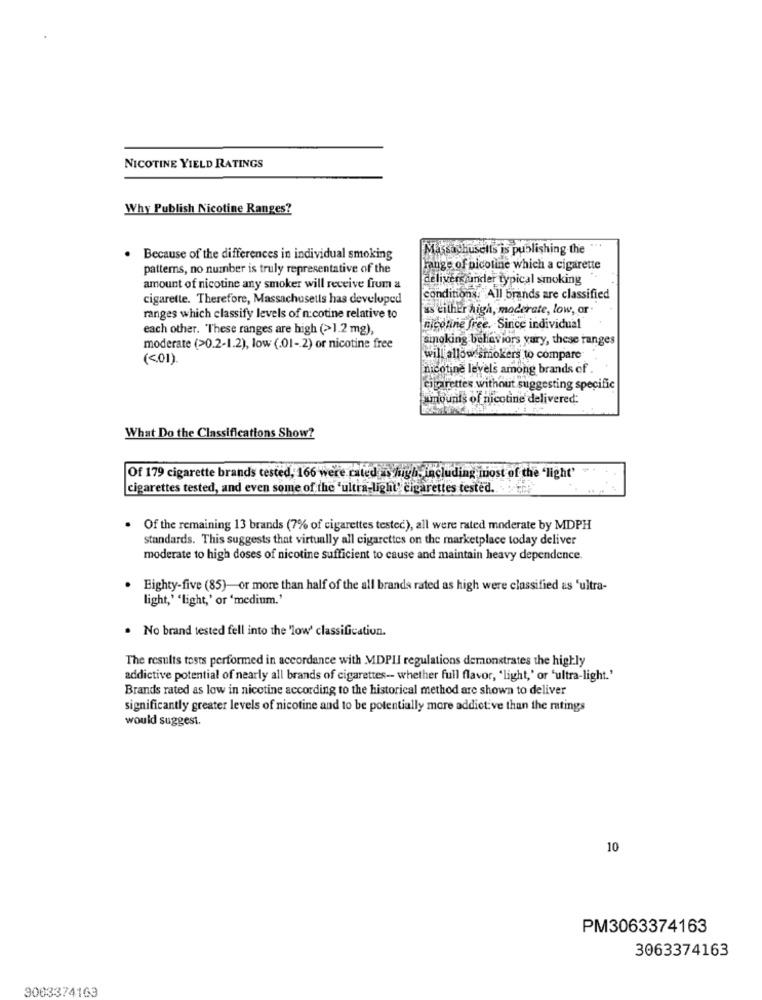
NICOTINE YIELD RATINGS
Why Publish Nicotine Ranges?
Massachusetts is publishing the
Because of the differences in individual smoking
patterns, no number is truly representative of the
Fange of nicotine which a cigarette
deliver under typical smoking
amount of nicotine any smoker will receive from a
cigarette. Therefore, Massachusetts has developed
conditions. All brands are classified
as either high, moderate, low, or
ranges which classify levels of nicotine relative to
each other. "These ranges are high (>1.2 mg),
nicoline free. Since individual
sinoking behaviors yury, these ranges
moderate (>0.2-1.2), low (.01-2) or nicotine free
(<01).
will allow smokers to compare
nicotine levels among brands of
cigarettes without suggesting specific
amounts of nicotine delivered:
What Do the Classifications Show?
Of 179 cigarette brands tested, 166 were rated as hugh, including itost of the 'light'
cigarettes tested, and even some of the "ultra-light' cigarettes tested ... "
. Of the remaining 13 brands (7% of cigarettes testec), all were rated moderate by MDPH
standards. This suggests that virtually all cigarettes on the marketplace today deliver
moderate to high doses of nicotine sufficient to cause and maintain heavy dependence.
. Eighty-five (85)-or more than half of the all brands rated as high were classified as 'ultra-
light,' 'light,' or 'medium.
. No brand tested fell into the 'low' classification.
The results tests performed in accordance with MDPII regulations demonstrates the highly
addictive potential of nearly all brands of cigarettes -- whether full flavor, 'light,' or 'ultra-light.'
Brands rated as low in nicotine according to the historical method are shown to deliver
significantly greater levels of nicotine and to be potentially more addictive than the ratings
would suggest.
10
PM3063374163
3063374163
9003374163